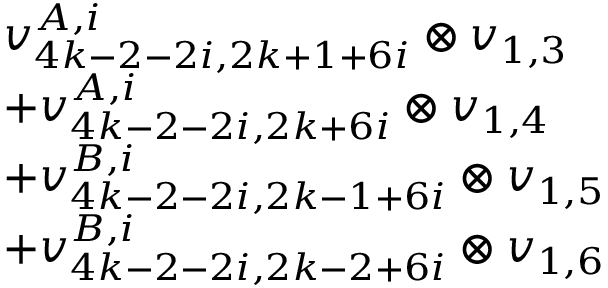
\begin{array} { r l } & { v _ { 4 k - 2 - 2 i , 2 k + 1 + 6 i } ^ { A , i } \otimes v _ { 1 , 3 } } \\ & { + v _ { 4 k - 2 - 2 i , 2 k + 6 i } ^ { A , i } \otimes v _ { 1 , 4 } } \\ & { + v _ { 4 k - 2 - 2 i , 2 k - 1 + 6 i } ^ { B , i } \otimes v _ { 1 , 5 } } \\ & { + v _ { 4 k - 2 - 2 i , 2 k - 2 + 6 i } ^ { B , i } \otimes v _ { 1 , 6 } } \end{array}